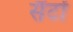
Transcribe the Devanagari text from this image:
सैंटों